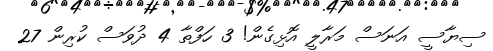
ސިޔާސީ އަނަސް މަރާލީ އޮޅިގެން! 3 ހަފްތާ 4 ދުވަސް ކުރިން 27